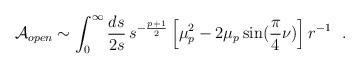
LaTeX: \begin{align*}{\cal A}_{open} \sim \int_0^{\infty} {ds \over 2s}\, s^{- {p+1 \over 2}}\left[ \mu_p^2 - 2 \mu_p \sin ( {\pi \over 4} \nu) \right] r^{-1}~~.\end{align*}